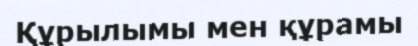
Құрылымы мен құрамы